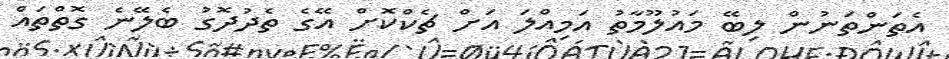
އެތަންތަނުން ލިބޭ މައުލޫމާތު އަމިއްލަ އަށް ޗެކްކޮށް އޭގެ ތެދުދޮގު ބެލޭނެ ގޮތްތައް